system: You are a helpful assistant.
user:
Analyze the provided spectrum to determine if it is a **S-type Star**.

- **Key Indicators for S-type Star:**

    - **(Overall Spectrum Shape):** The first and most obvious characteristic is the overall continuum (the "baseline" shape). It is **extremely "red-sloping,"** meaning the flux (light intensity) is very low on the left side (blue, ~4000-4500 Å) and rises steeply and continuously toward the right side (red, ~7000 Å+).

    - **(Primary):** The spectrum is defined by the presence of strong, broad molecular absorption "valleys" (bands) from **Zirconium Oxide (ZrO)**. The identification of these bands is the **primary requirement** for classifying a star as S-type.
        - **(Key Bandheads):** You must find distinct, deep "dips" where the light has been absorbed. The most critical band systems to locate are:
            - **~6474 Å** ($\gamma$-system): This is often the strongest and clearest ZrO feature, found in the red part of the spectrum.
            - **~5718 Å** & **~5551 Å** ($\beta$-system): A pair of prominent absorption features in the yellow-orange part of the spectrum.
            - **~4640 Å** ($\alpha$-system): A key absorption band system in the blue-green region of the spectrum.

    - **(Secondary Confirmation):** The classification is strengthened by finding additional absorption bands from other related heavy element oxides, which are expected to be present alongside ZrO.
        - **(Key Bandheads):**
            - **Yttrium Oxide (YO):** Look for absorption dips near **~4800 Å** and **~6100 Å**.
            - **Lanthanum Oxide (LaO):** Additional absorption features, particularly in the red-orange part of the spectrum, are also characteristic.

    - **(Line Profile):** The combination of the steep red continuum and these numerous, deep molecular bands (ZrO, YO, etc.) gives the entire spectrum a very **"chopped-up"** or **"bumpy"** appearance. Instead of a smooth curve, the spectrum looks as though large, wide chunks of light have been "carved out" of it at the specific wavelengths listed above.

Think first, call **spectral_visualization_tool** if needed to examine features in detail, then provide your final answer. Your response must adhere to the following strict rules:
1.  **Overall Structure:** Your response must follow the format `<think>...</think> <tool_call>...</tool_call> (if a tool is used) <answer>...</answer>`.
2.  **Tool Usage Constraint:** You may only make **one** tool call per turn.
3.  **Final Answer Format:** In the `<answer>` tag, your conclusion must be inside a `\boxed{}` command (e.g., `\boxed{YES}` or `\boxed{NO}`), followed by your justification.

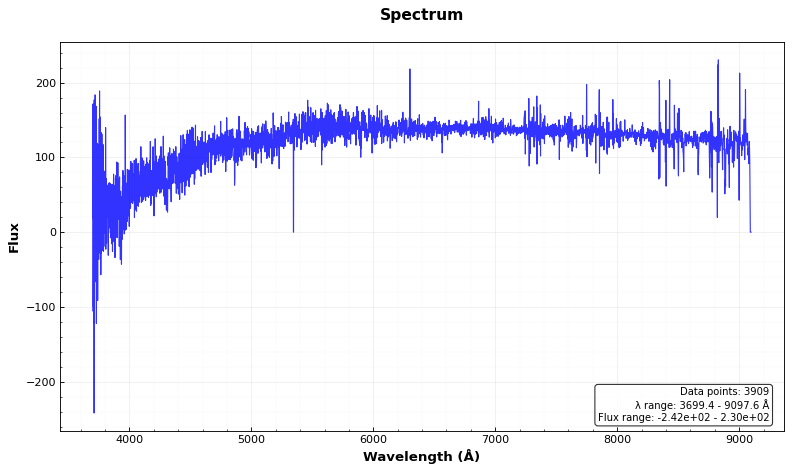
Answer: NO